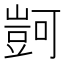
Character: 𧯶